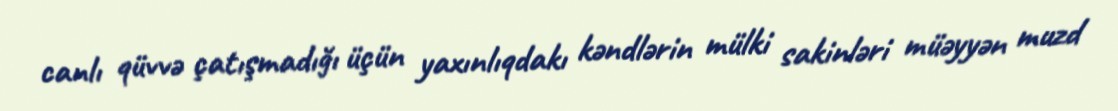
canlı qüvvə çatışmadığı üçün yaxınlıqdakı kəndlərin mülki sakinləri müəyyən muzd